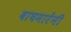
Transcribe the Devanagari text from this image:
वाघमारेंनी